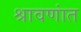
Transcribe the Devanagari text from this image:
श्रावणांत